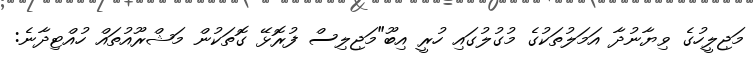
މަޖިލީހުގެ ވިޔާނުދާ އަމަލުތަކުގެ މުގުލުގައި ހުރީ އިބޫ"މަޖިލިސް ފުރޮޅޭ ގޮތަކުން މަޝްރޫއުތައް ހުއްޓިދާނެ: